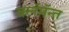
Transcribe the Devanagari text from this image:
क्लॅमॅन्त